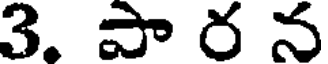
3. పా ర న